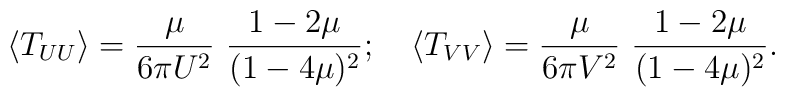
\left<T _{UU}\right>  =  {\mu\over 6 \pi U^2}\ {1 - 2 \mu  \over (1-4 \mu)^2};\quad  \left<T _{VV}\right>  =  {\mu \over 6 \pi V^2}\  {1 - 2\mu  \over (1-4 \mu)^2}.